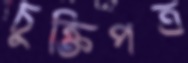
চুক্তিপত্র